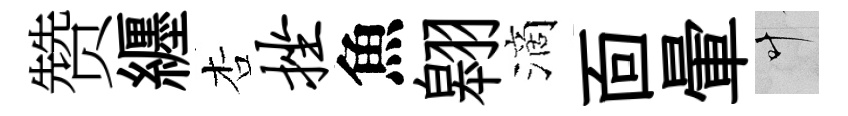
赞纒杏挫魚翱滴靣暈叶